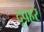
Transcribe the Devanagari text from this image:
दूपहर